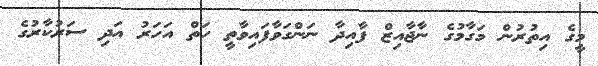
މީގެ އިތުރުން މަގާމުގެ ނާޖާއިޒް ފާއިދާ ނަންގަވާފައިވާތީ ހަތް އަހަރު އަދި ސަރުކާރުގެ